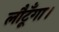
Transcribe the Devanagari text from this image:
लौटूँगा।